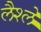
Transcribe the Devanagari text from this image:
लैश्ले